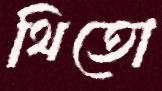
থিতো